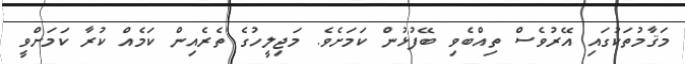
މަޤާމުތަކުގައި އޭރުވެސް ތިއްބެވި ބޭފުޅުން ކަމަށެވެ. މަޖިލީހުގެ ތެރެއިން ކަމެއް ކުރާ ކަމަށްވީ